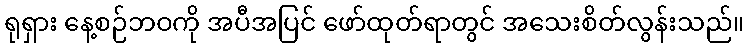
ရုရှား နေ့စဉ်ဘဝကို အပီအပြင် ဖော်ထုတ်ရာတွင် အသေးစိတ်လွန်းသည်။